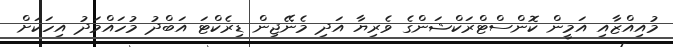
މުއިއްޒާއި އަމީން ކޮންސްޓްރަކްޝަންގެ ވެރިޔާ އަދި މެނޭޖިން ޑިރެކްޓަ އަބްދު މުހައްމަދު އިހަކަށް